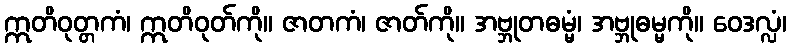
ဣတိဝုတ္တကံ၊ ဣတိဝုတ်ကို။ ဇာတကံ၊ ဇာတ်ကို။ အဗ္ဘုတဓမ္မံ၊ အဗ္ဘုဓမ္မကို။ ဝေဒလ္လံ၊